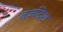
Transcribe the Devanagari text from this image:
वर्ज्यदेश